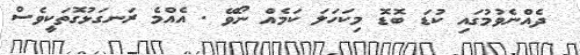
ދެއްނެވުމުގައި ކުޑަ ބޮޑޮ މިކަހަލަ ކަމެއް ނޯވޭ . އެއްމެ ރަނގަޅުގޮތަކީވެސް